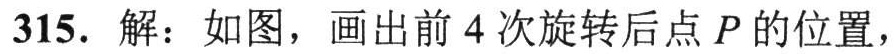
315. 解：如图，画出前4次旋转后点\(P\)的位置，